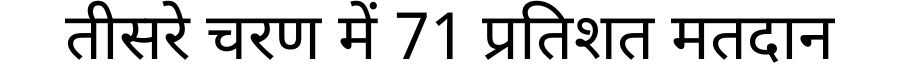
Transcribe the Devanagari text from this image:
तीसरे चरण में 71 प्रतिशत मतदान